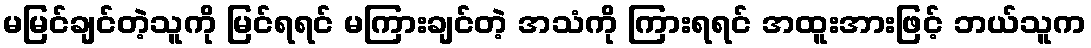
မမြင်ချင်တဲ့သူကို မြင်ရရင် မကြားချင်တဲ့ အသံကို ကြားရရင် အထူးအားဖြင့် ဘယ်သူက